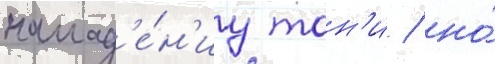
напад'е́н'иу тон'и / но́